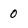
Character: 0